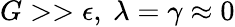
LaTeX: G>>\epsilon,\ \lambda=\gamma\approx 0